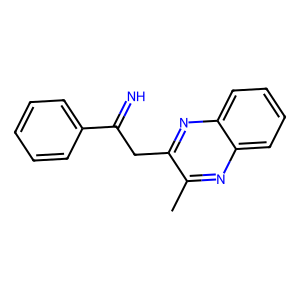
SMILES: Cc1nc2ccccc2nc1CC(=N)c1ccccc1
Inhibits HIV replication: No